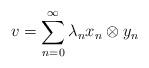
LaTeX: \begin{align*}\displaystyle v=\sum_{n=0}^\infty \lambda_n x_n\otimes y_n\end{align*}